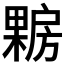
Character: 𰘪